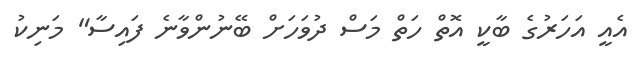
އެއީ އަހަރުގެ ބާކީ އޮތް ހަތް މަސް ދުވަހަށް ބޭނުންވާނެ ފައިސާ" މަނިކު